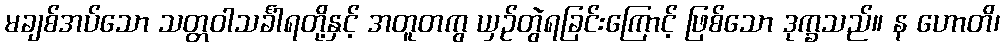
မချစ်အပ်သော သတ္တဝါသင်္ခါရတို့နှင့် အတူတကွ ယှဉ်တွဲရခြင်းကြောင့် ဖြစ်သော ဒုက္ခသည်။ န ဟောတိ၊